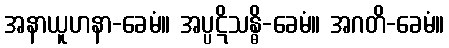
အနာယူဟနာ-ခေမံ။ အပ္ပဋိသန္ဓိ-ခေမံ။ အဂတိ-ခေမံ။